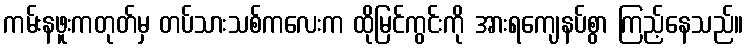
ကမ်းနဖူးကတုတ်မှ တပ်သားသစ်ကလေးက ထိုမြင်ကွင်းကို အားရကျေနပ်စွာ ကြည့်နေသည်။